Scottish Certificate of Education, 1963
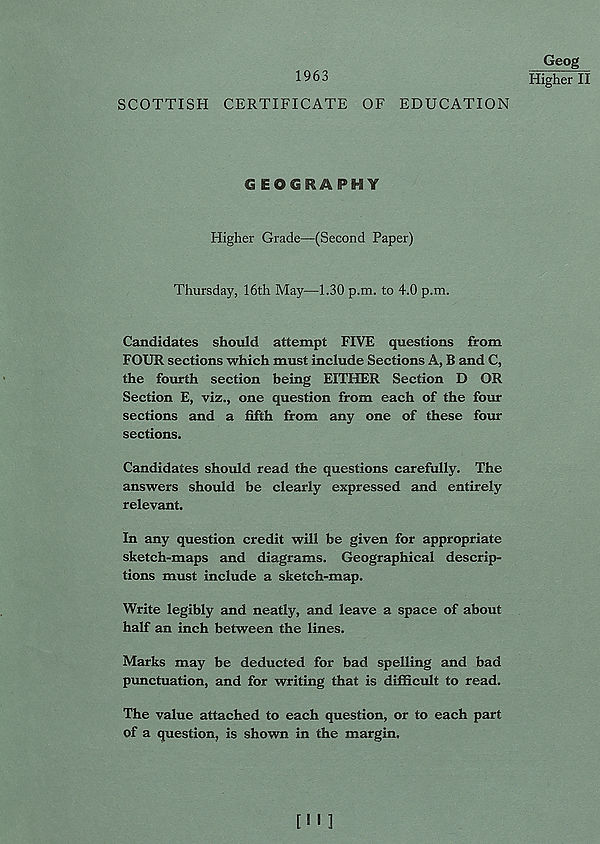
1963
SCOTTISH CERTIFICATE OF EDUCATION
Geog
Higher II
GEOGRAPHY
Higher Grade—(Second Paper)
Thursday, 16th May—1.30 p.m. to 4.0 p.m.
Candidates should attempt FIVE questions from
FOUR sections which must include Sections A, B and C,
the fourth section being EITHER Section D OR
Section E, viz., one question from each of the four
sections and a fifth from any one of these four
sections.
Candidates should read the questions carefully. The
answers should be clearly expressed and entirely
relevant.
In any question credit will be given for appropriate
sketch-maps and diagrams. Geographical descrip-
tions must include a sketch-map.
Write legibly and neatly, and leave a space of about
half an inch between the lines.
Marks may be deducted for bad spelling and bad
punctuation, and for writing that is difficult to read.
The value attached to each question, or to each part
of a question, is shown in the margin.
[I'l